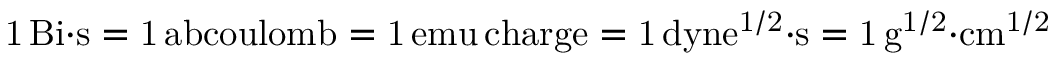
\mathrm { 1 \, B i { \cdot } s = 1 \, a b c o u l o m b = 1 \, e m u \, c h a r g e = 1 \, d y n e ^ { 1 / 2 } { \cdot } s = 1 \, g ^ { 1 / 2 } { \cdot } c m ^ { 1 / 2 } }